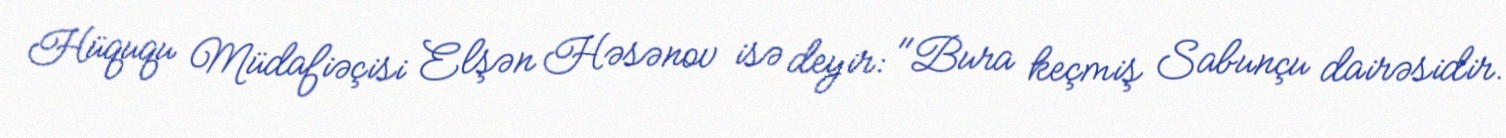
Hüququ Müdafiəçisi Elşən Həsənov isə deyir: "Bura keçmiş Sabunçu dairəsidir.